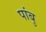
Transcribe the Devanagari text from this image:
पांबु